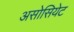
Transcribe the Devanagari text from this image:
असोसियेट